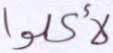
لأكلوا